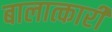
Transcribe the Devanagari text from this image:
बालात्कारी